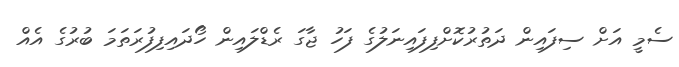
ސެމީ އަށް ސިފައިން ދަތުރުކޮށްފިފައިނަލުގެ ފަހު ޖާގަ ރެޑްލައިން ހޯދައިފިފުރަތަމަ ބުރުގެ އެއް